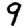
Digit: 9